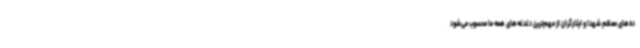
ده‌های معظم شهدا و ایثارگران از مهم‌ترین دغدغه‌های همه ما محسوب می‌شود